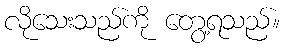
လိုသေးသည်ကို တွေ့ရသည်။